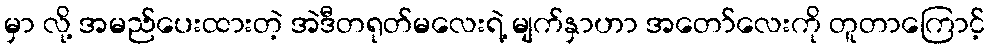
မှာ လို့ အမည်ပေးထားတဲ့ အဲဒီတရုတ်မလေးရဲ့ မျက်နှာဟာ အတော်လေးကို တူတာကြောင့်